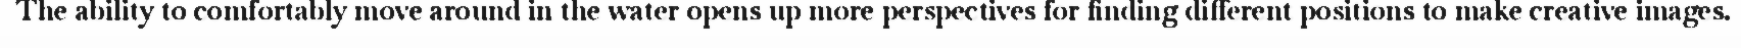
The ability to comfortably move around in the water opens up more perspectives for finding different positions to make creative images.